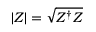
| Z | = \sqrt { Z ^ { \dagger } Z }